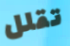
تقلل